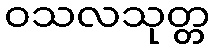
ဝသလသုတ္တ